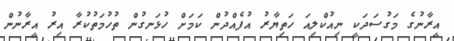
އީރާނުގެ މަގުސަދަކީ ނިއުކްލިއަ ހަތިޔާރު އުފެއްދުން ކަމަށް ހުޅަނގުން ތުހުމަތުކުރާ އިރު އީރާނުން